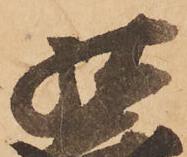
祐